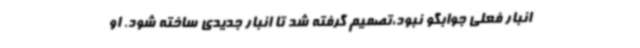
انبار فعلی جوابگو نبود،تصمیم گرفته شد تا انبار جدیدی ساخته شود. او